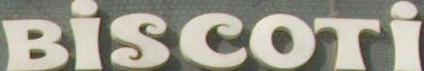
BİSCOTI